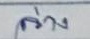
ล่าง